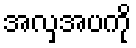
အလှအပကို